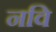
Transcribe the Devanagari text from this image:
नवि